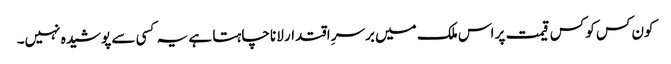
کون کس کو کس قیمت پر اس ملک میں برسرِ اقتدار لانا چاہتا ہے یہ کسی سے پوشیدہ نہیں۔